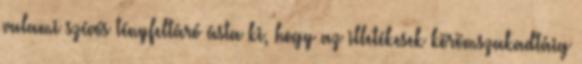
valami szívós tényfeltáró ásta ki, hogy az illetékesek körömszakadtáig